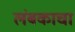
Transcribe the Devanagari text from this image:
लंबकाचा